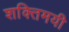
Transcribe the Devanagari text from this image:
शक्तिमयी